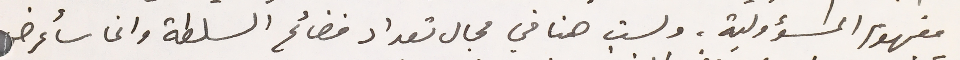
مفهوم المسؤولية، ولست هنا في مجال تعداد فضائح السلطة وانما سأعرض